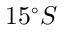
1 5 ^ { \circ } S